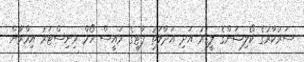
ސަރުކާރުގެ ކޯލިޝަންގެ ލީޑަރު އަދި އަދާލަތު ޕާޓީގެ ރައީސް ހޯމް މިނިސްޓަރު އިމްރާން